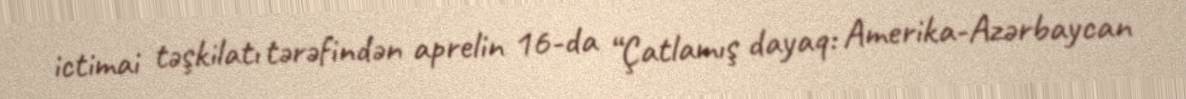
ictimai təşkilatı tərəfindən aprelin 16-da “Çatlamış dayaq: Amerika-Azərbaycan